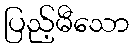
ပြည့်မီသော